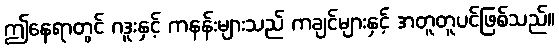
ဤနေရာတွင် ဂဒူးနှင့် ကနန်းများသည် ကချင်များနှင့် အတူတူပင်ဖြစ်သည်။